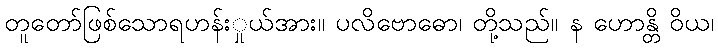
တူတော်ဖြစ်သောရဟန်းှုယ်အား။ ပလိဗောဓော၊ တို့သည်။ န ဟောန္တိ ဝိယ၊